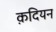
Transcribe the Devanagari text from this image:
क़दियन